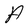
Character: A